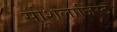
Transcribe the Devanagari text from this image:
सोशलाजिस्ट